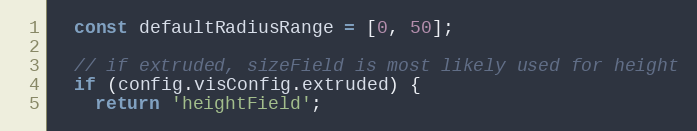
Language: JavaScript
  const defaultRadiusRange = [0, 50];

  // if extruded, sizeField is most likely used for height
  if (config.visConfig.extruded) {
    return 'heightField';